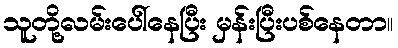
သူတို့လမ်းပေါ်နေပြီး မှန်းပြီးပစ်နေတာ။